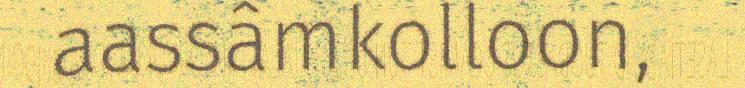
aassâmkolloon,